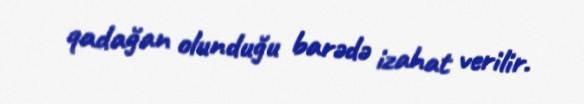
qadağan olunduğu barədə izahat verilir.